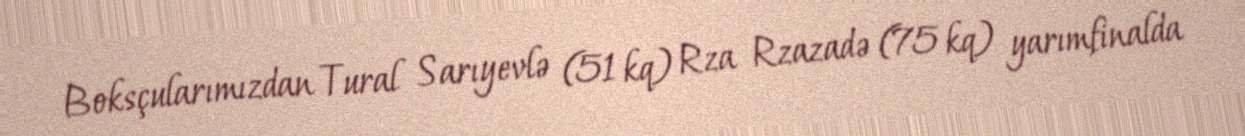
Boksçularımızdan Tural Sarıyevlə (51 kq) Rza Rzazadə (75 kq) yarımfinalda